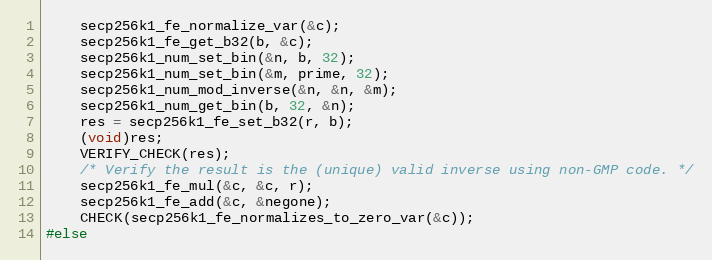
Language: C
    secp256k1_fe_normalize_var(&c);
    secp256k1_fe_get_b32(b, &c);
    secp256k1_num_set_bin(&n, b, 32);
    secp256k1_num_set_bin(&m, prime, 32);
    secp256k1_num_mod_inverse(&n, &n, &m);
    secp256k1_num_get_bin(b, 32, &n);
    res = secp256k1_fe_set_b32(r, b);
    (void)res;
    VERIFY_CHECK(res);
    /* Verify the result is the (unique) valid inverse using non-GMP code. */
    secp256k1_fe_mul(&c, &c, r);
    secp256k1_fe_add(&c, &negone);
    CHECK(secp256k1_fe_normalizes_to_zero_var(&c));
#else